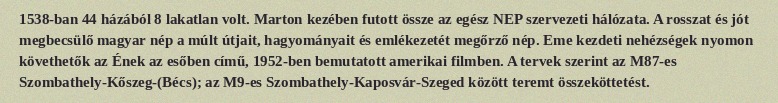
1538-ban 44 házából 8 lakatlan volt. Marton kezében futott össze az egész NEP szervezeti hálózata. A rosszat és jót megbecsülő magyar nép a múlt útjait, hagyományait és emlékezetét megőrző nép. Eme kezdeti nehézségek nyomon követhetők az Ének az esőben című, 1952-ben bemutatott amerikai filmben. A tervek szerint az M87-es Szombathely-Kőszeg-(Bécs); az M9-es Szombathely-Kaposvár-Szeged között teremt összeköttetést.